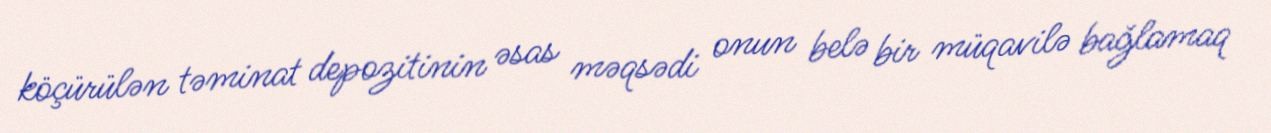
köçürülən təminat depozitinin əsas məqsədi onun belə bir müqavilə bağlamaq